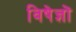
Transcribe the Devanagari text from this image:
विषेज्ञों